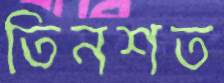
তিনশত